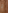
و